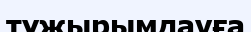
тұжырымдауға